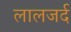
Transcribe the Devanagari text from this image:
लालजर्द